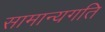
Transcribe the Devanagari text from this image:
सामान्यगति